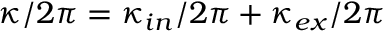
\kappa / 2 \pi = \kappa _ { i n } / 2 \pi + \kappa _ { e x } / 2 \pi